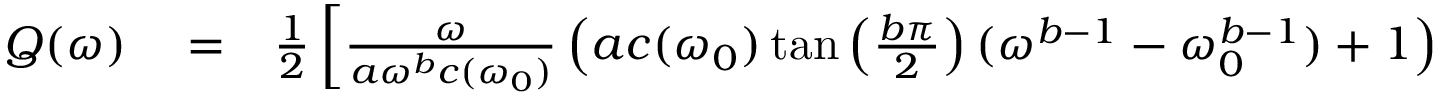
\begin{array} { r l r } { Q ( \omega ) } & { { } = } & { \frac { 1 } { 2 } \left[ \frac { \omega } { a \omega ^ { b } c ( \omega _ { 0 } ) } \left( a c ( \omega _ { 0 } ) \tan \left( \frac { b \pi } { 2 } \right) ( \omega ^ { b - 1 } - \omega _ { 0 } ^ { b - 1 } ) + 1 \right) \right. } \end{array}